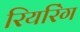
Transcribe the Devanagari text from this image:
रियरिंग